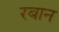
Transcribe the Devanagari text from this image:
रबान